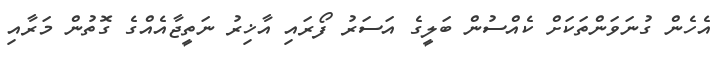
އެހެން ގުނަވަންތަކަށް ކެއްސުން ބަލީގެ އަސަރު ފޯރައި އާޚިރު ނަތީޖާއެއްގެ ގޮތުން މަރާއި